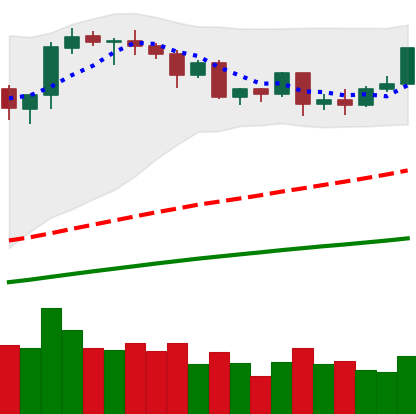
Ticker: ETH-USD
Chart end date: 2020-08-30
Forward return: -9.373%
Label: down_7plus